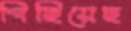
পিছিয়েছ